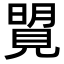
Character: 𧡜